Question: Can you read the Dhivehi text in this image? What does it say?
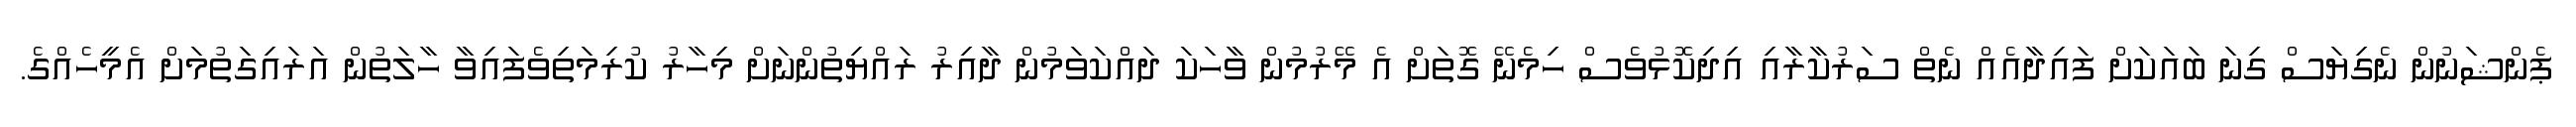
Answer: ޕެންޝަނުން ނެގިޔަސް ގިނަ ބައަކަށް ފައިދާއެއް ނެތް ސަރުކާރާއި އިދިކޮޅުވެސް ހިމެނޭ ގޮތަށް އެ މޭރުމުން ވާހަކަ ދައްކަވަމުން ދާއިރު ރައްޔިތުންނަށް މިހާރު ކުރިމަތިވެފައިވާ ހާލަތުން އަރައިގަތުމަށް އެމީހެއްގެ.